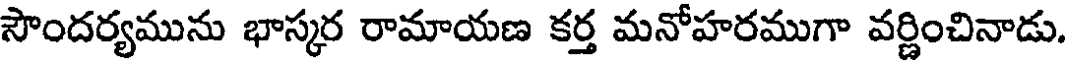
సౌందర్యమును భాస్కర రామాయణ కర్త మనోహరముగా వర్ణించినాడు.